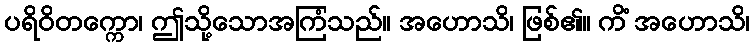
ပရိဝိတက္ကော၊ ဤသို့သောအကြံသည်။ အဟောသိ၊ ဖြစ်၏။ ကိံ အဟောသိ၊